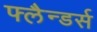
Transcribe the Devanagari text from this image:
फ्लैन्डर्स